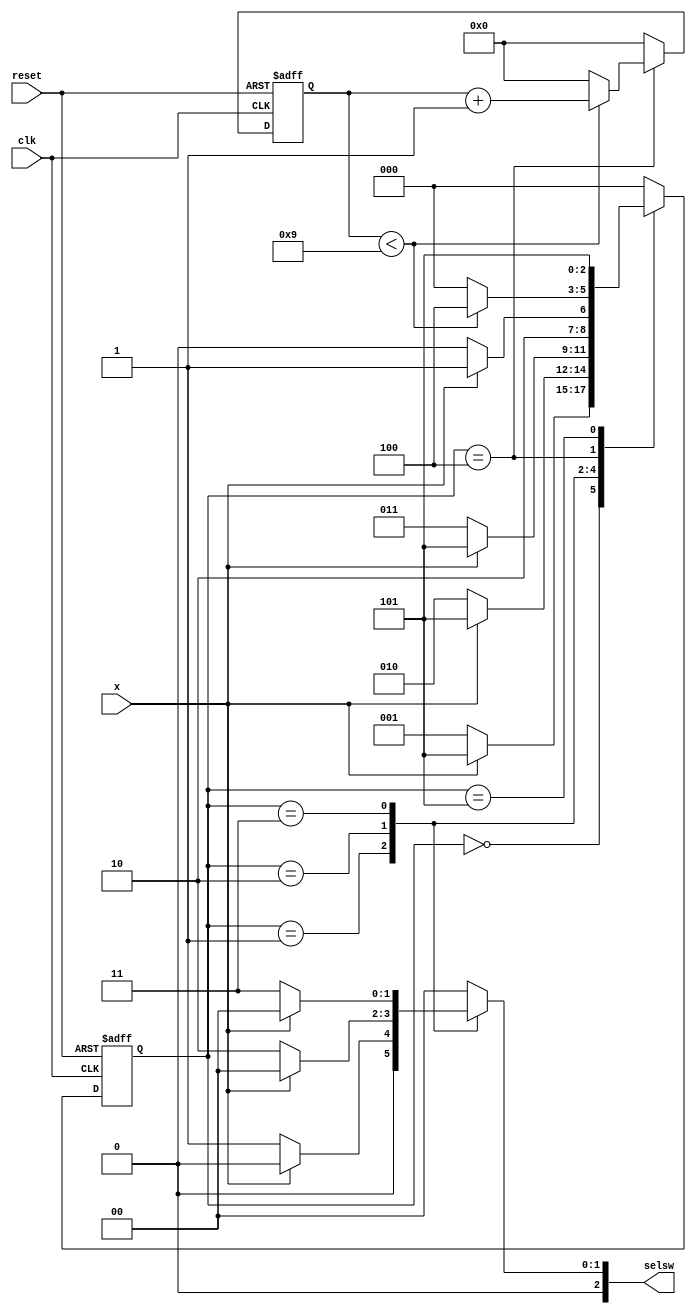
module alarmSystem(output reg [2:0] selsw, input x, clk, reset);

    reg [2:0] state, next_state;
    reg [3:0] delay_counter;

    parameter s0 = 3'b000, s1 = 3'b001, s2 = 3'b010, s3 = 3'b011,unlock = 3'b100, wrong = 3'b101;

    always @(posedge clk or posedge reset) begin
        if (reset) begin
            state <= s0;
            delay_counter <= 4'b0;
        end 
		  else begin
            state <= next_state;
            if (state == unlock) begin
                if (delay_counter < 4'd9) 
                    delay_counter <= delay_counter + 1'b1;
                else 
                    delay_counter <= 4'b0;
            end 
				else begin
                delay_counter <= 4'b0;
            end
        end
    end

    always @(*) begin
        case (state)
            s0: 
                if (x) next_state = wrong; 
                else next_state = s1;

            s1: 
                if (x) next_state = wrong;
                else next_state = s2;

            s2: 
                if (x) next_state = wrong; 
                else next_state = s3;

            s3: 
                if (x) next_state = wrong;
                else next_state = unlock;

            unlock: 
                if (delay_counter < 4'd9) next_state = unlock;
                else next_state = s0;

            wrong: 
                next_state = wrong;

            default: 
                next_state = s0;
        endcase
    end

    always @(*) begin
        case (state)
            wrong, unlock, s0: selsw = 0;
            s1: 
                if (x) selsw = 0;
                else selsw = 3'b001;
            s2: 
                if (x) selsw = 0;
                else selsw = 3'b010;
            s3: 
                if (x) selsw = 0;
                else selsw = 3'b011;
            default: selsw = 0;
        endcase
    end
endmodule